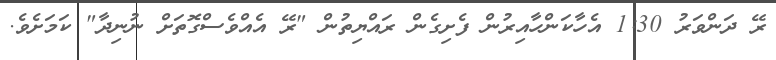
ރޭ ދަންވަރު 1:30 އެހާކަންހާއިރުން ފެށިގެން ރައްޔިތުން "ރޭ އެއްވެސްގޮތަށް ނުނިދާ" ކަމަށެވެ.